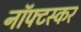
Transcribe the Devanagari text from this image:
नॉफ्टस्कर